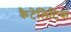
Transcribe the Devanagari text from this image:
कैटेलिटिक